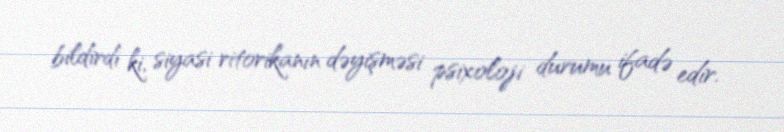
bildirdi ki, siyasi ritorikanın dəyişməsi psixoloji durumu ifadə edir.